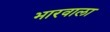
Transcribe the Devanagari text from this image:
भारवाला